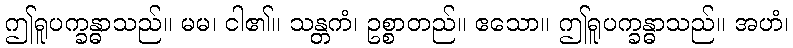
ဤရူပက္ခန္ဓာသည်။ မမ၊ ငါ၏။ သန္တကံ၊ ဥစ္စာတည်။ ဧသော။ ဤရူပက္ခန္ဓာသည်။ အဟံ၊